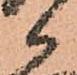
候